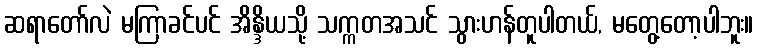
ဆရာတော်လဲ မကြာခင်ပင် အိန္ဒိယသို့ သက္ကတအသင် သွားဟန်တူပါတယ်, မတွေ့တော့ပါဘူး။